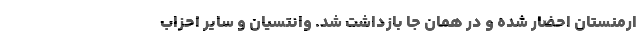
ارمنستان احضار شده و در همان جا بازداشت شد. وانتسیان و سایر احزاب